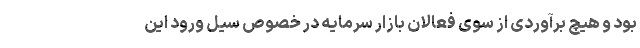
بود و هیچ برآوردی از سوی فعالان بازار سرمایه در خصوص سیل ورود این